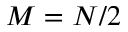
M = N / 2